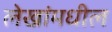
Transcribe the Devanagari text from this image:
लेखांमधील